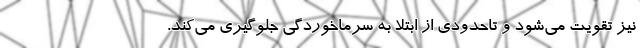
نیز تقویت می‌شود و تاحدودی از ابتلا به سرماخوردگی جلوگیری می‌کند.